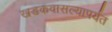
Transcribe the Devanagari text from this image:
खडकवासल्यापर्यंत